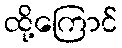
ထို့ကြောင်